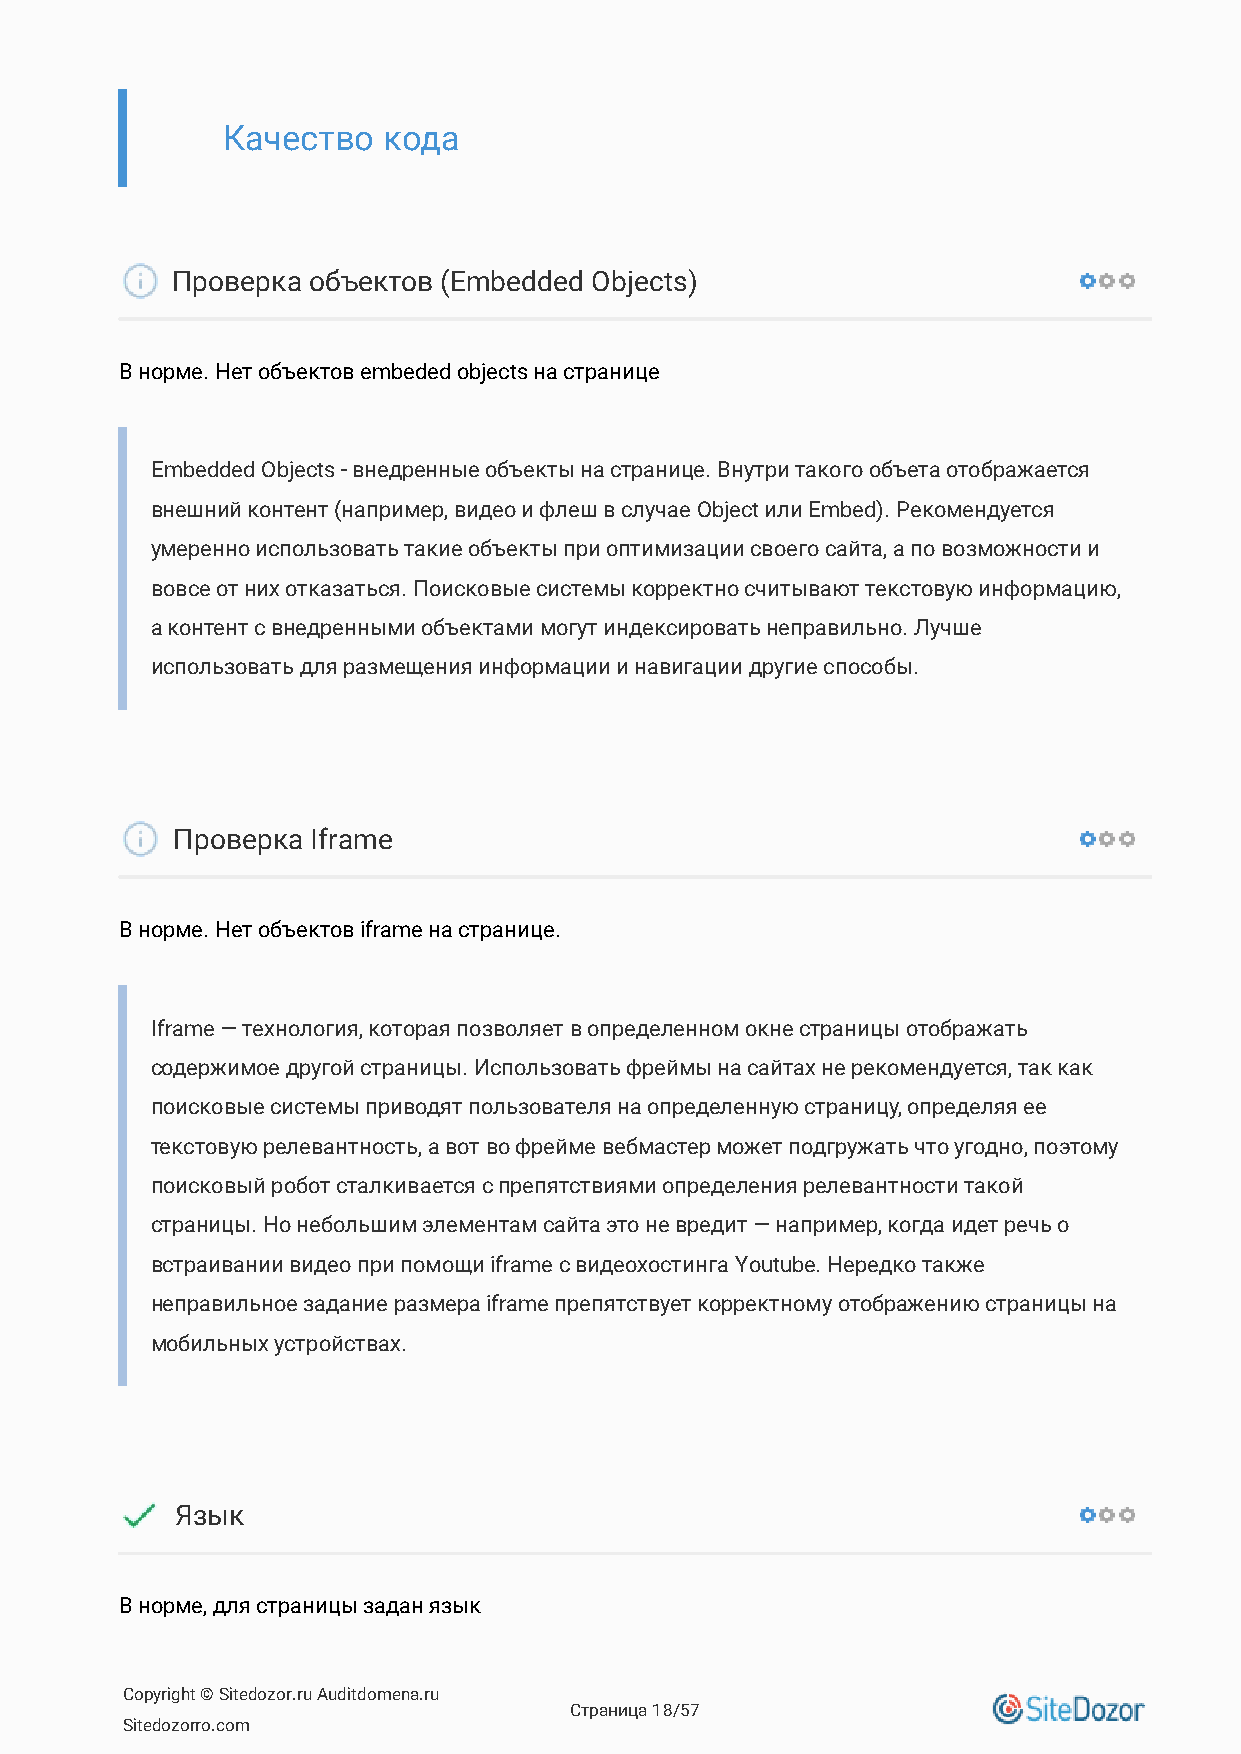
Качество  кода
 Проверка объектов (Embedded Objects)
 В норме. Нет объектов embeded objects на странице
 Embedded Objects - внедренные объекты на странице. Внутри такого объета отображается
 внешний контент (например, видео и флеш в случае Object или Embed). Рекомендуется
 умеренно использовать такие объекты при оптимизации своего сайта, а по возможности и
 вовсе от них отказаться. Поисковые системы корректно считывают текстовую информацию,
 а контент с внедренными объектами могут индексировать неправильно. Лучше
 использовать для размещения информации и навигации другие способы.
 Проверка  Iframe
 В норме. Нет объектов iframe на странице.
 Iframe — технология, которая позволяет в определенном окне страницы отображать
 содержимое другой страницы. Использовать фреймы на сайтах не рекомендуется, так как
 поисковые системы приводят пользователя на определенную страницу, определяя ее
 текстовую релевантность, а вот во фрейме вебмастер может подгружать что угодно, поэтому
 поисковый робот сталкивается с препятствиями определения релевантности такой
 страницы. Но небольшим элементам сайта это не вредит — например, когда идет речь о
 встраивании видео при помощи iframe с видеохостинга Youtube. Нередко также
 неправильное задание размера iframe препятствует корректному отображению страницы на
 мобильных устройствах.
 Язык
 В норме, для страницы задан язык
 Copyright © Sitedozor.ru Auditdomena.ru
 Страница 18/57
 Sitedozorro.com